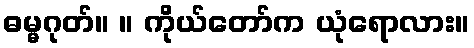
ဓမ္မဂုတ်။ ။ ကိုယ်တော်က ယုံရောလား။